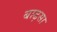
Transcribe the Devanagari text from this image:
बाढ़सा